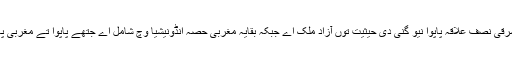
سیاسی طور تے اس جزیرے دا مشرقی نصف علاقہ پاپوا نیو گنی دی حیثیت توں آزاد ملک اے جبکہ بقایہ مغربی حصہ انڈونیشیا وچ شامل اے جتھے پاپوا تے مغربی پاپوا دے نام تاں دو صوبے قائم نیں۔